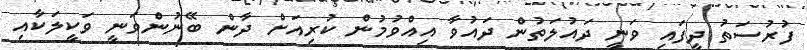
ފުރުސަތު ދީފައި ވަނީ ދައުލަތުން ދައުވާ އިއްވުމުން ކުރިއަށް ދާން ބޭނުންވަނީ ވަކީލަކާއި